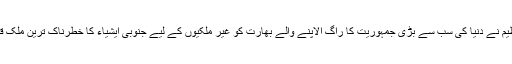
بین الاقوامی تنظیم نے دنیا کی سب سے بڑی جمہوریت کا راگ الاپنے والے بھارت کو غیر ملکیوں کے لیے جنوبی ایشیاء کا خطرناک ترین ملک قرار دے دیا گیا۔